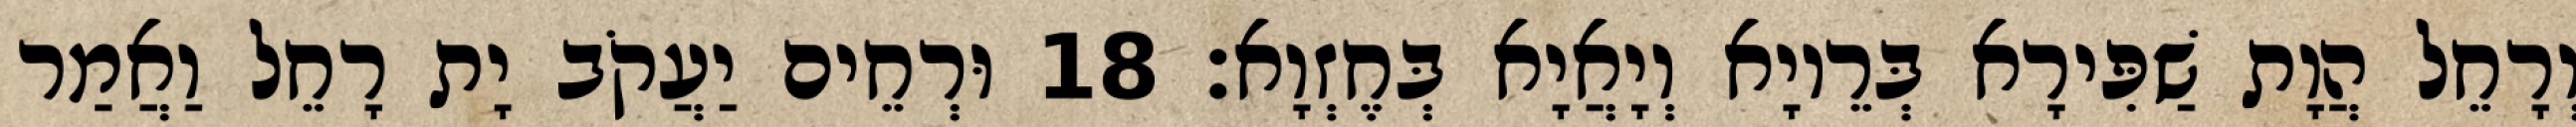
וְרָחֵל הֲוָת שַׁפִּירָא בְּרֵיוָא וְיָאֲיָא בְּחֶזְוָא׃ 18 וּרְחֵים יַעֲקֹב יָת רָחֵל וַאֲמַר